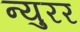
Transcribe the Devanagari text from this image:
न्युरर